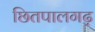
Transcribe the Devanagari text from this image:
छितपालगढ़